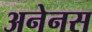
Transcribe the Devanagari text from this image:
अनेनस